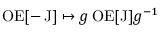
\operatorname { O E } [ - \operatorname { J } ] \mapsto g \operatorname { O E } [ \operatorname { J } ] g ^ { - 1 }